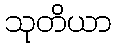
သုတိယာ